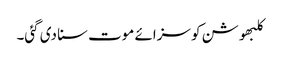
کلبھوشن کو سزائے موت سنا دی گئی۔